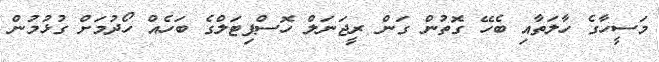
މަސީހާގެ ހާލަތާއި ބެހޭ ގޮތުން ގަން ރީޖަނަލް ހޮސްޕިޓަލްގެ ބަހެއް ހޯދުމަށް ގުޅުމުން